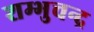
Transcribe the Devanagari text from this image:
शम्भुचन्द्र